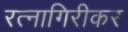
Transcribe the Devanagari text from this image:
रत्‍नागिरीकर